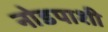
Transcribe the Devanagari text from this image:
नोडपाशी